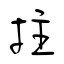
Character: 拄